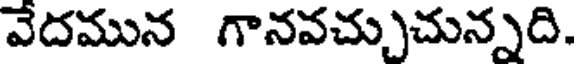
వేదమున గానవచ్చుచున్నది.